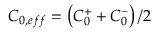
C _ { 0 , e f f } = \left( C _ { 0 } ^ { + } + C _ { 0 } ^ { - } \right) / 2